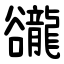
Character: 豅